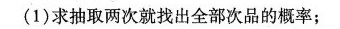
(1)求抽取两次就找出全部次品的概率；